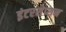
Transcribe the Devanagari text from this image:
इंटरसेप्शन